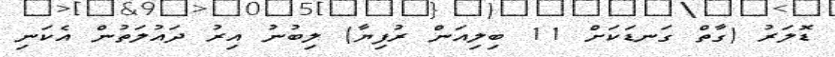
ޑޮލަރު (ގާތް ގަނޑަކަށް 11 ބިލިއަން ރުފިޔާ) ލިބުނު އިރު ދައުލަތުން އެކަނި